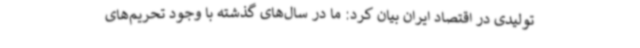
تولیدی در اقتصاد ایران بیان کرد: ما در سال‌های گذشته با وجود تحریم‌های